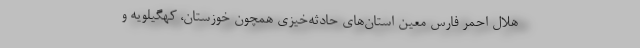
هلال احمر فارس معین استان‌های حادثه‌خیزی همچون خوزستان، کهگیلویه و